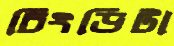
চিংড়িটা